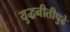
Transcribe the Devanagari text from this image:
युद्धनीतीपुढे